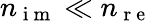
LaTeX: n_{\mathrm{~i~m~}}\ll n_{\mathrm{~r~e~}}